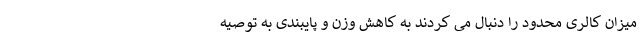
میزان کالری محدود را دنبال می کردند به کاهش وزن و پایبندی به توصیه